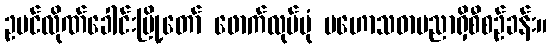
ဥမင်လိုဏ်ခေါင်းမြို့တော် ဖောက်လုပ်ပုံ မဟောသဓာပညာရှိစီစဉ်ခန်း။